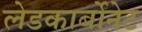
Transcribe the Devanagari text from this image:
लेडकार्बोनेट